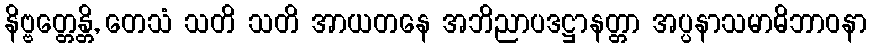
နိဗ္ဗတ္တေန္တိ, တေသံ သတိ သတိ အာယတနေ အဘိညာပဒဋ္ဌာနတ္တာ အပ္ပနာသမာဓိဘာဝနာ